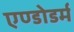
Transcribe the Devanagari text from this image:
एण्डोडर्म